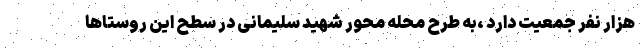
هزار نفر جمعیت دارد ،به طرح محله محور شهید سلیمانی در سطح این روستاها